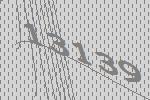
13139